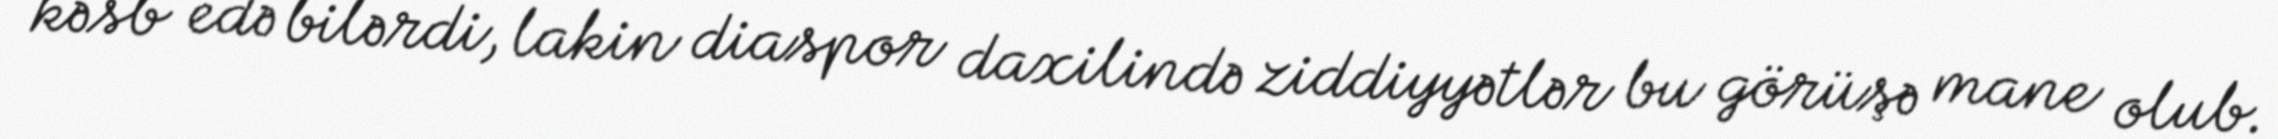
kəsb edə bilərdi, lakin diaspor daxilində ziddiyyətlər bu görüşə mane olub.